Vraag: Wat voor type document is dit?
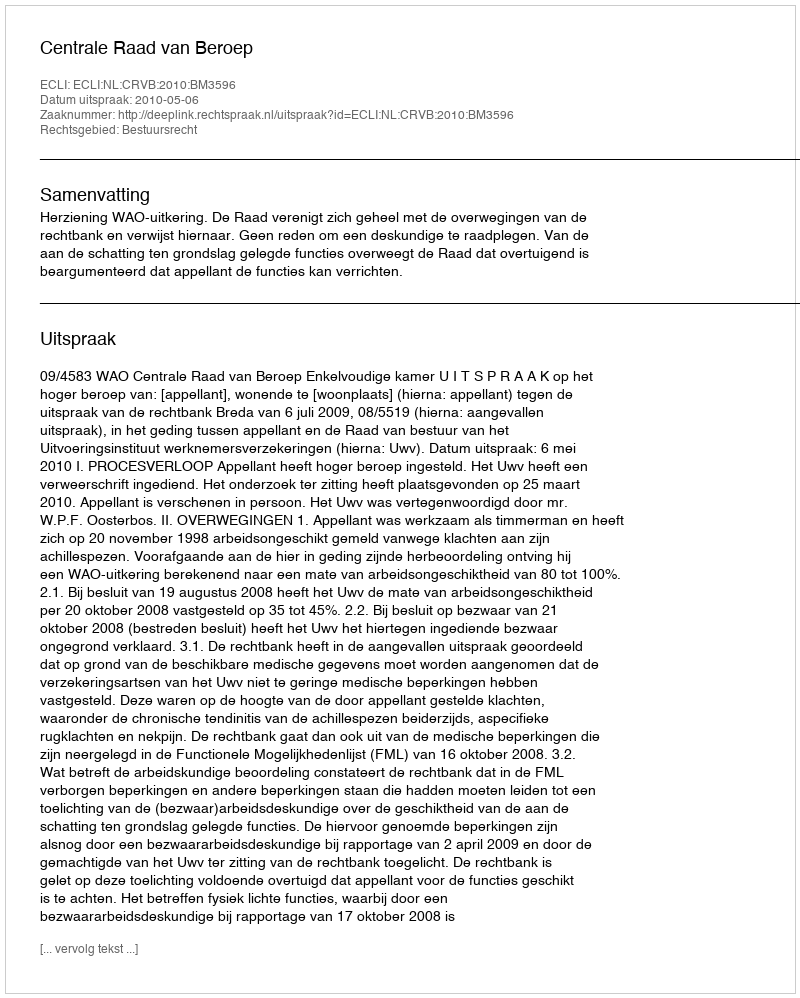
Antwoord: Uitspraak